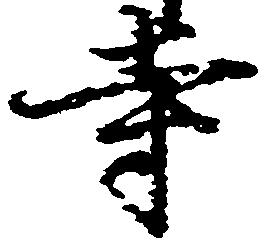
寺